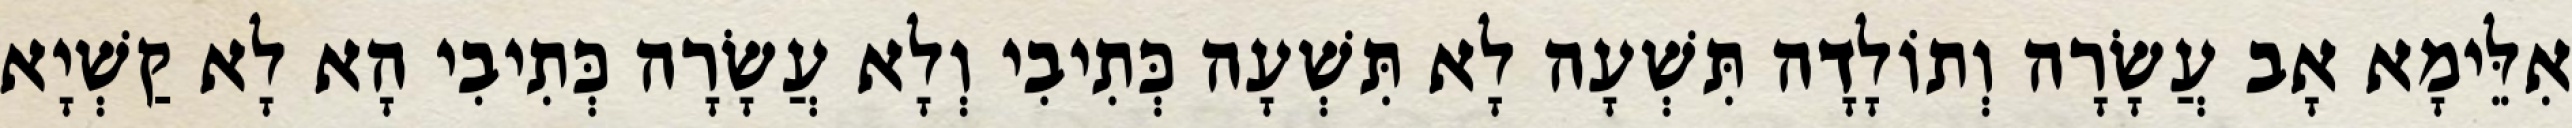
אִלֵּימָא אָב עֲשָׂרָה וְתוֹלָדָה תִּשְׁעָה לָא תִּשְׁעָה כְּתִיבִי וְלָא עֲשָׂרָה כְּתִיבִי הָא לָא קַשְׁיָא